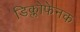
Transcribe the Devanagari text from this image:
डिक्लोफेनक